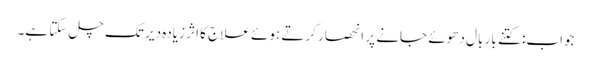
جواب: کتنے بار بال دھوئے جانے پر انحصار کرتے ہوئے علاج کا اثر زیادہ دیر تک چل سکتا ہے۔